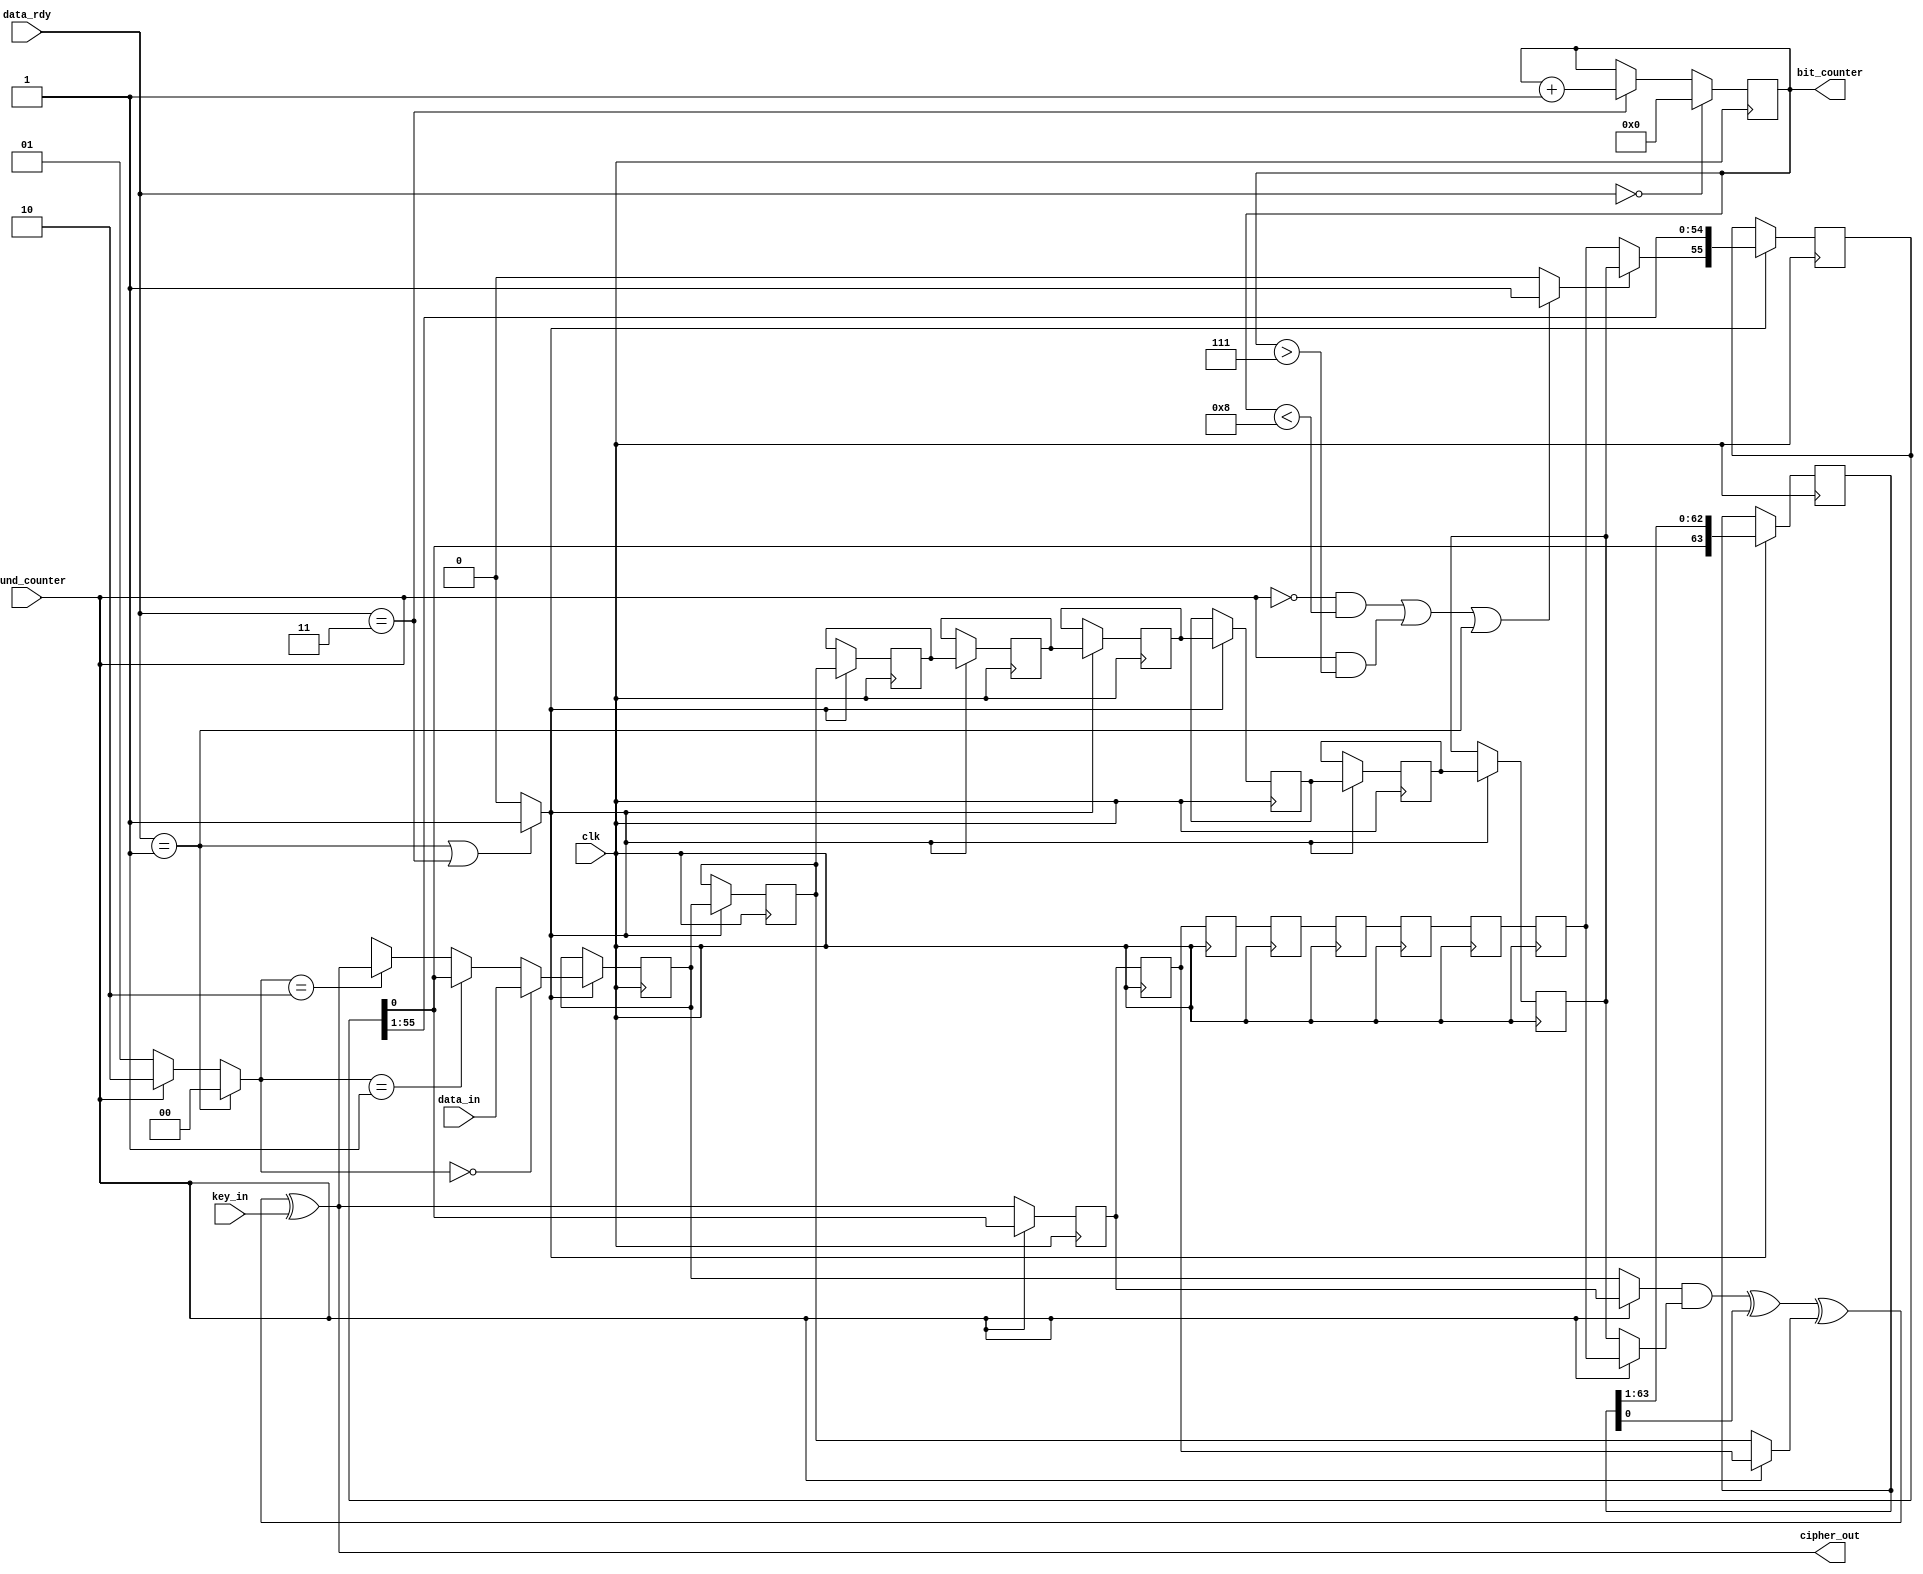
`timescale 1ns / 1ps

module simon_datapath_shiftreg(clk,data_in,data_rdy,key_in,cipher_out,round_counter,bit_counter);

input clk,data_in,key_in;
input [1:0] data_rdy;
input round_counter;
output cipher_out;
output [5:0] bit_counter;

reg [55:0] shifter1;
reg [63:0] shifter2;
reg shift_in1,shift_in2;
wire shift_out1,shift_out2;
reg shifter_enable1,shifter_enable2;

reg fifo_ff63,fifo_ff62,fifo_ff61,fifo_ff60,fifo_ff59,fifo_ff58,fifo_ff57,fifo_ff56;
reg lut_ff63,lut_ff62,lut_ff61,lut_ff60,lut_ff59,lut_ff58,lut_ff57,lut_ff56;

reg lut_ff_input,fifo_ff_input;
reg lut_rol1,lut_rol2,lut_rol8;
reg s1,s4,s5,s6,s7;
reg [1:0] s3;
reg [5:0] bit_counter;
wire lut_out;



// Shift Register1 FIFO 56x1 Begin
// 56x1 Shift register to store the upper word
always @(posedge clk)
begin
	if(shifter_enable1)
	begin
		shifter1 <= {shift_in1, shifter1[55:1]};
	end
end

assign shift_out1 = shifter1[0];
// Shift Register1 End

// Shift Register2 FIFO 64x1 Begin
// 64x1 Shift register to store the lower word
always @(posedge clk)
begin
	if(shifter_enable2)
	begin
		shifter2 <= {shift_in2, shifter2[63:1]};
	end
end

assign shift_out2 = shifter2[0];
// Shift Register2 End


// 8 Flip-Flops to store the most significant 8 bits of the upper word at even rounds
// Denoted as Shift Register Up (SRU) in Figure 5
always@(posedge clk)
begin
	if(shifter_enable1)
	begin
		fifo_ff63 <= fifo_ff_input;
		fifo_ff62 <= fifo_ff63;
		fifo_ff61 <= fifo_ff62;
		fifo_ff60 <= fifo_ff61;
		fifo_ff59 <= fifo_ff60;
		fifo_ff58 <= fifo_ff59;
		fifo_ff57 <= fifo_ff58;
		fifo_ff56 <= fifo_ff57;
	end
end

// 8 Flip-Flops to store the most significant 8 bits of the upper word at odd rounds
// Denoted as Shift Register Down (SRD) in Figure 5
always@(posedge clk)
begin
	lut_ff63 <= lut_ff_input;
	lut_ff62 <= lut_ff63;
	lut_ff61 <= lut_ff62;
	lut_ff60 <= lut_ff61;
	lut_ff59 <= lut_ff60;
	lut_ff58 <= lut_ff59;
	lut_ff57 <= lut_ff58;
	lut_ff56 <= lut_ff57;
end

// FIFO 64x1 Input MUX
// Input of the lower FIFO is always the output of the upper FIFO
always@(*)
begin
		shift_in2 = shift_out1;
end

// FIFO 56x1 Input MUX
// Input of the upper FIFO depends on the select line S1
always@(*)
begin
	if(s1==0)
		shift_in1 = lut_ff56;
	else
		shift_in1 = fifo_ff56;
end

// FIFO FF Input MUX
// The input of FIFO_FF can be the input plaintext, output of 56x1 FIFO or the output of LUT
always@(*)
begin
	if(s3==0)
		fifo_ff_input = data_in;
	else if(s3==1)
		fifo_ff_input = shift_out1;
	else if(s3==2)
		fifo_ff_input = lut_out;
	else
		fifo_ff_input = 1'bx; // Debugging
end

// LUT FF Input MUX
// The input of the LUT_FF is either the output of 56x1 FIFO or the output of LUT
always@(*)
begin
	if(s5==0)
		lut_ff_input = shift_out1;
	else
		lut_ff_input = lut_out;
end

// LUT Input MUX
always@(*)
begin
	if(s7==0)
		lut_rol1 = fifo_ff63;
	else
		lut_rol1 = lut_ff63;
		
	if(s4==0)
		lut_rol2 = fifo_ff62;
	else
		lut_rol2 = lut_ff62;
		
	if(s6==0)
		lut_rol8 = fifo_ff56;
	else
		lut_rol8 = lut_ff56;
end

//Selection MUX
always@(*)
begin
	// For the first 8 bits of each even round OR for all the bits after the first 8 bits in odd rounds OR loading the plaintext  
	if((round_counter==0 && bit_counter<8)||(round_counter==1 && bit_counter>7)||(data_rdy==1))
		s1 = 1;
	else 
		s1 = 0;
		
	if(data_rdy==1) // Loading plaintext
		s3 = 0;
	else if(round_counter==0) // Even rounds
		s3 = 1;
	else if(round_counter==1) // Odd rounds
		s3 = 2;
	else 
		s3 = 1'bx; // For debugging
		
	if(round_counter==0) // Even rounds
		s6 = 0;
	else
		s6 = 1;
	
	s4 = s6;
	s7 = s6;
	s5 = ~s6;
end

// SHIFTER ENABLES
// Two shift registers are enabled when the plaintext is being loaded (1) or when the block cipher is running (3)
always@(*)
begin
	if(data_rdy==1 || data_rdy==3)
	begin
		shifter_enable1 = 1;
		shifter_enable2 = 1;
	end
	else
	begin
		shifter_enable1 = 0;
		shifter_enable2 = 0;
	end
end

// The bit_counter value is incremented in each clock cycle when the block cipher is running
always@(posedge clk)
begin
	if(data_rdy==0)
		bit_counter <= 0;
	else if(data_rdy==3)
		bit_counter <= bit_counter + 1;
	else 
		bit_counter <= bit_counter;
end

// The new computed value
assign lut_out = (lut_rol1 & lut_rol8) ^ shift_out2 ^ lut_rol2 ^ key_in;

// The global output that gives the ciphertext value
assign cipher_out = lut_out;
endmodule